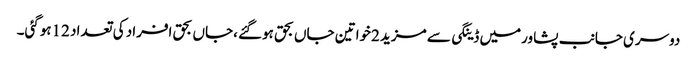
دوسری جانب پشاورمیں ڈینگی سے مزید 2خواتین جاں بحق ہوگئے ،جاں بحق افراد کی تعداد 12ہوگئی۔